Vabadussoja_Ajaloo_Komitee, lk 74
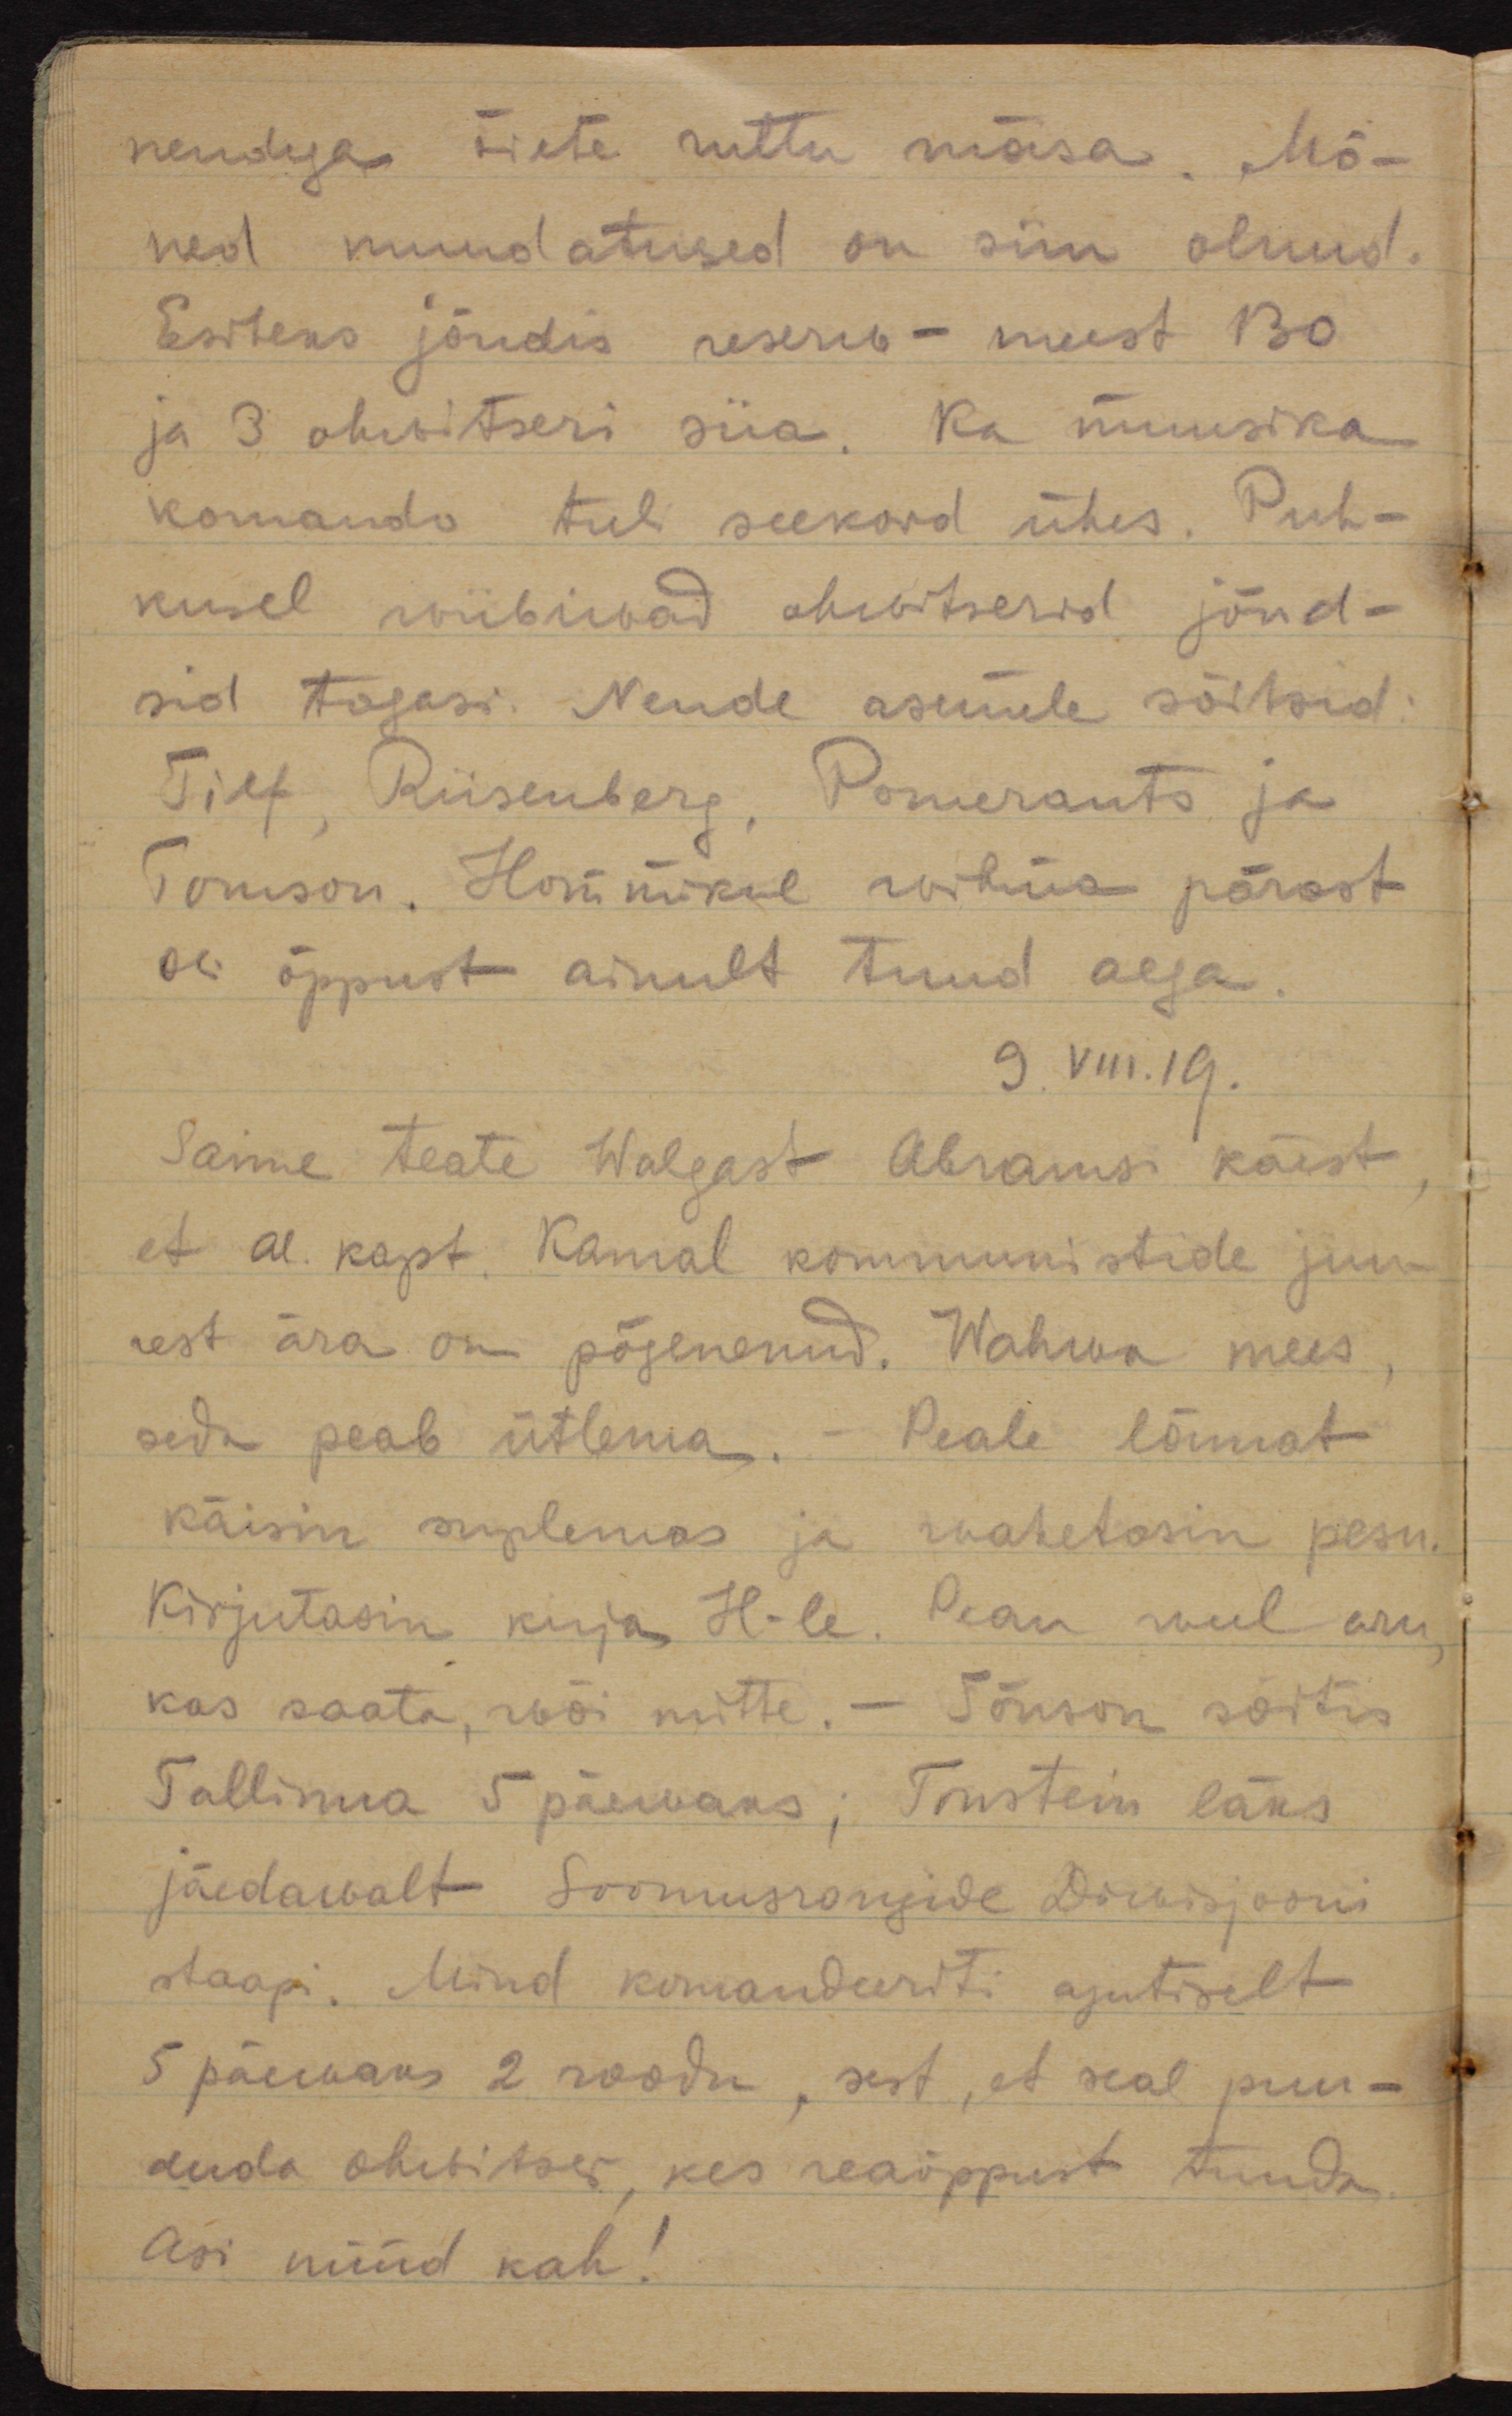
nendega õiete ruttu mõisa. Mõ-
ned muudatused on siin olnud.
Esiteks jõudis reserw-meest 130
ja 3 ohwitseri siia. Ka muusika 
komando tuli seekord ühes. Puh-
kusel wiibinud ohwitserid jõud-
sid tagasi. Nende asemele sõitsid:
Tief, Riisenberg, Pomerants ja 
Tõnson. Hommikul wihma pärast
oli õppust ainult tund aega.
9.VIII.19.
Saime teate Walgast Abramsi käest, 
et al.kapt Kamal kommunistide juu-
rest ära on põgenenud. Wahwa mees, 
seda peab ütlema. - Peale lõunat
käisin suplemas ja wahetasin pesu.
Kirjutasin kirja H-le. Pean weel aru, 
kas saata, wõi mitte. - Tõnson sõitis 
Tallinna 5 päewaks, Trustein läks
jäedawalt Soomusrongide Divisjooni
staapi. Mind komandeeriti ajutiselt
5 päewaks 2 roodu, sest, et seal puu-
duda ohwitser, kes reaõppust tunda. 
Asi nüüd kah!